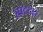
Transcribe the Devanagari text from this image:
रपटदार